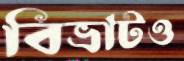
বিভ্রাটও